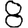
Digit: 8